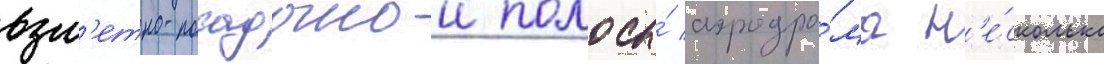
взл'етно-посадочнои полосы́ аэродро́ма н'е́сколько